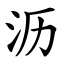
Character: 沥